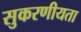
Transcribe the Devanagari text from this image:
सुकरणीयता